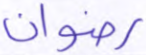
رضوان